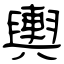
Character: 輿